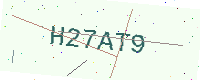
Text: H27AT9